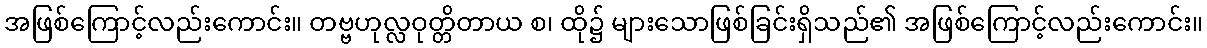
အဖြစ်ကြောင့်လည်းကောင်း။ တဗ္ဗဟုလ္လဝုတ္တိတာယ စ၊ ထို၌ များသောဖြစ်ခြင်းရှိသည်၏ အဖြစ်ကြောင့်လည်းကောင်း။